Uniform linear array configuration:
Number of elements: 64
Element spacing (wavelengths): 1
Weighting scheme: hamming
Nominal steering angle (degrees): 45
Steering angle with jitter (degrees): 45.696
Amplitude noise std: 0.05
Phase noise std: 0.05

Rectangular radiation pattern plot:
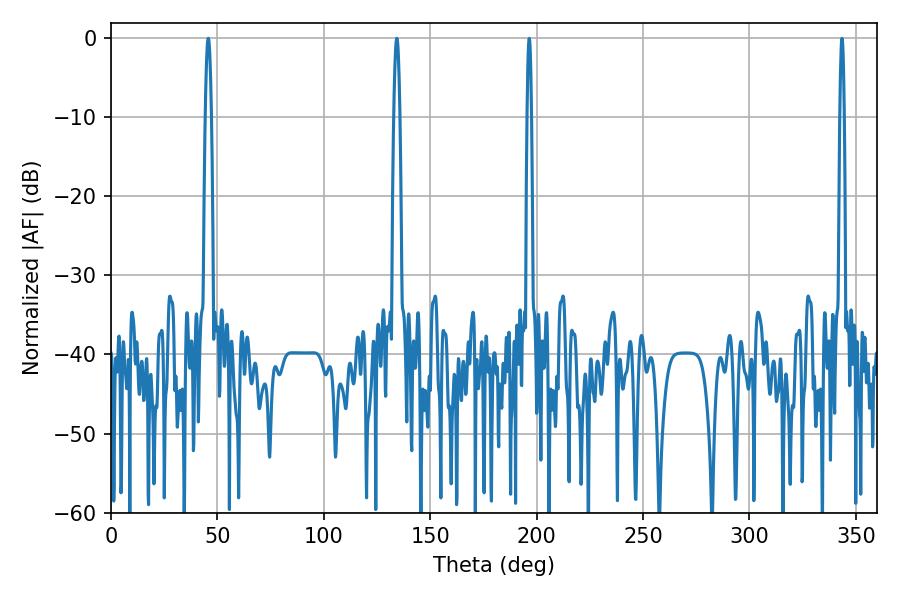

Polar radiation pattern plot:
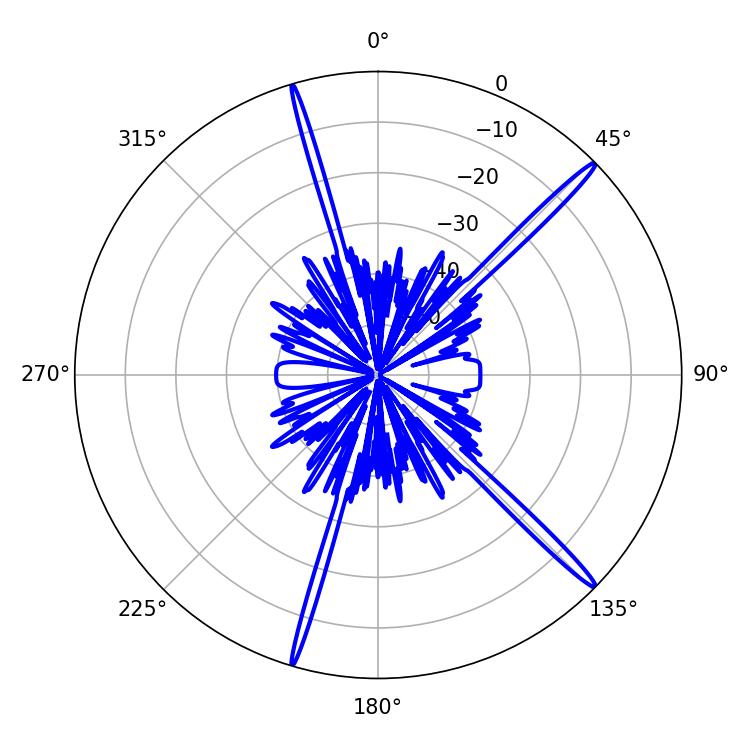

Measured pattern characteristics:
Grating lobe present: TRUE
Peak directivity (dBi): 18.048
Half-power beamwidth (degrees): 1.44
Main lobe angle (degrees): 45.72